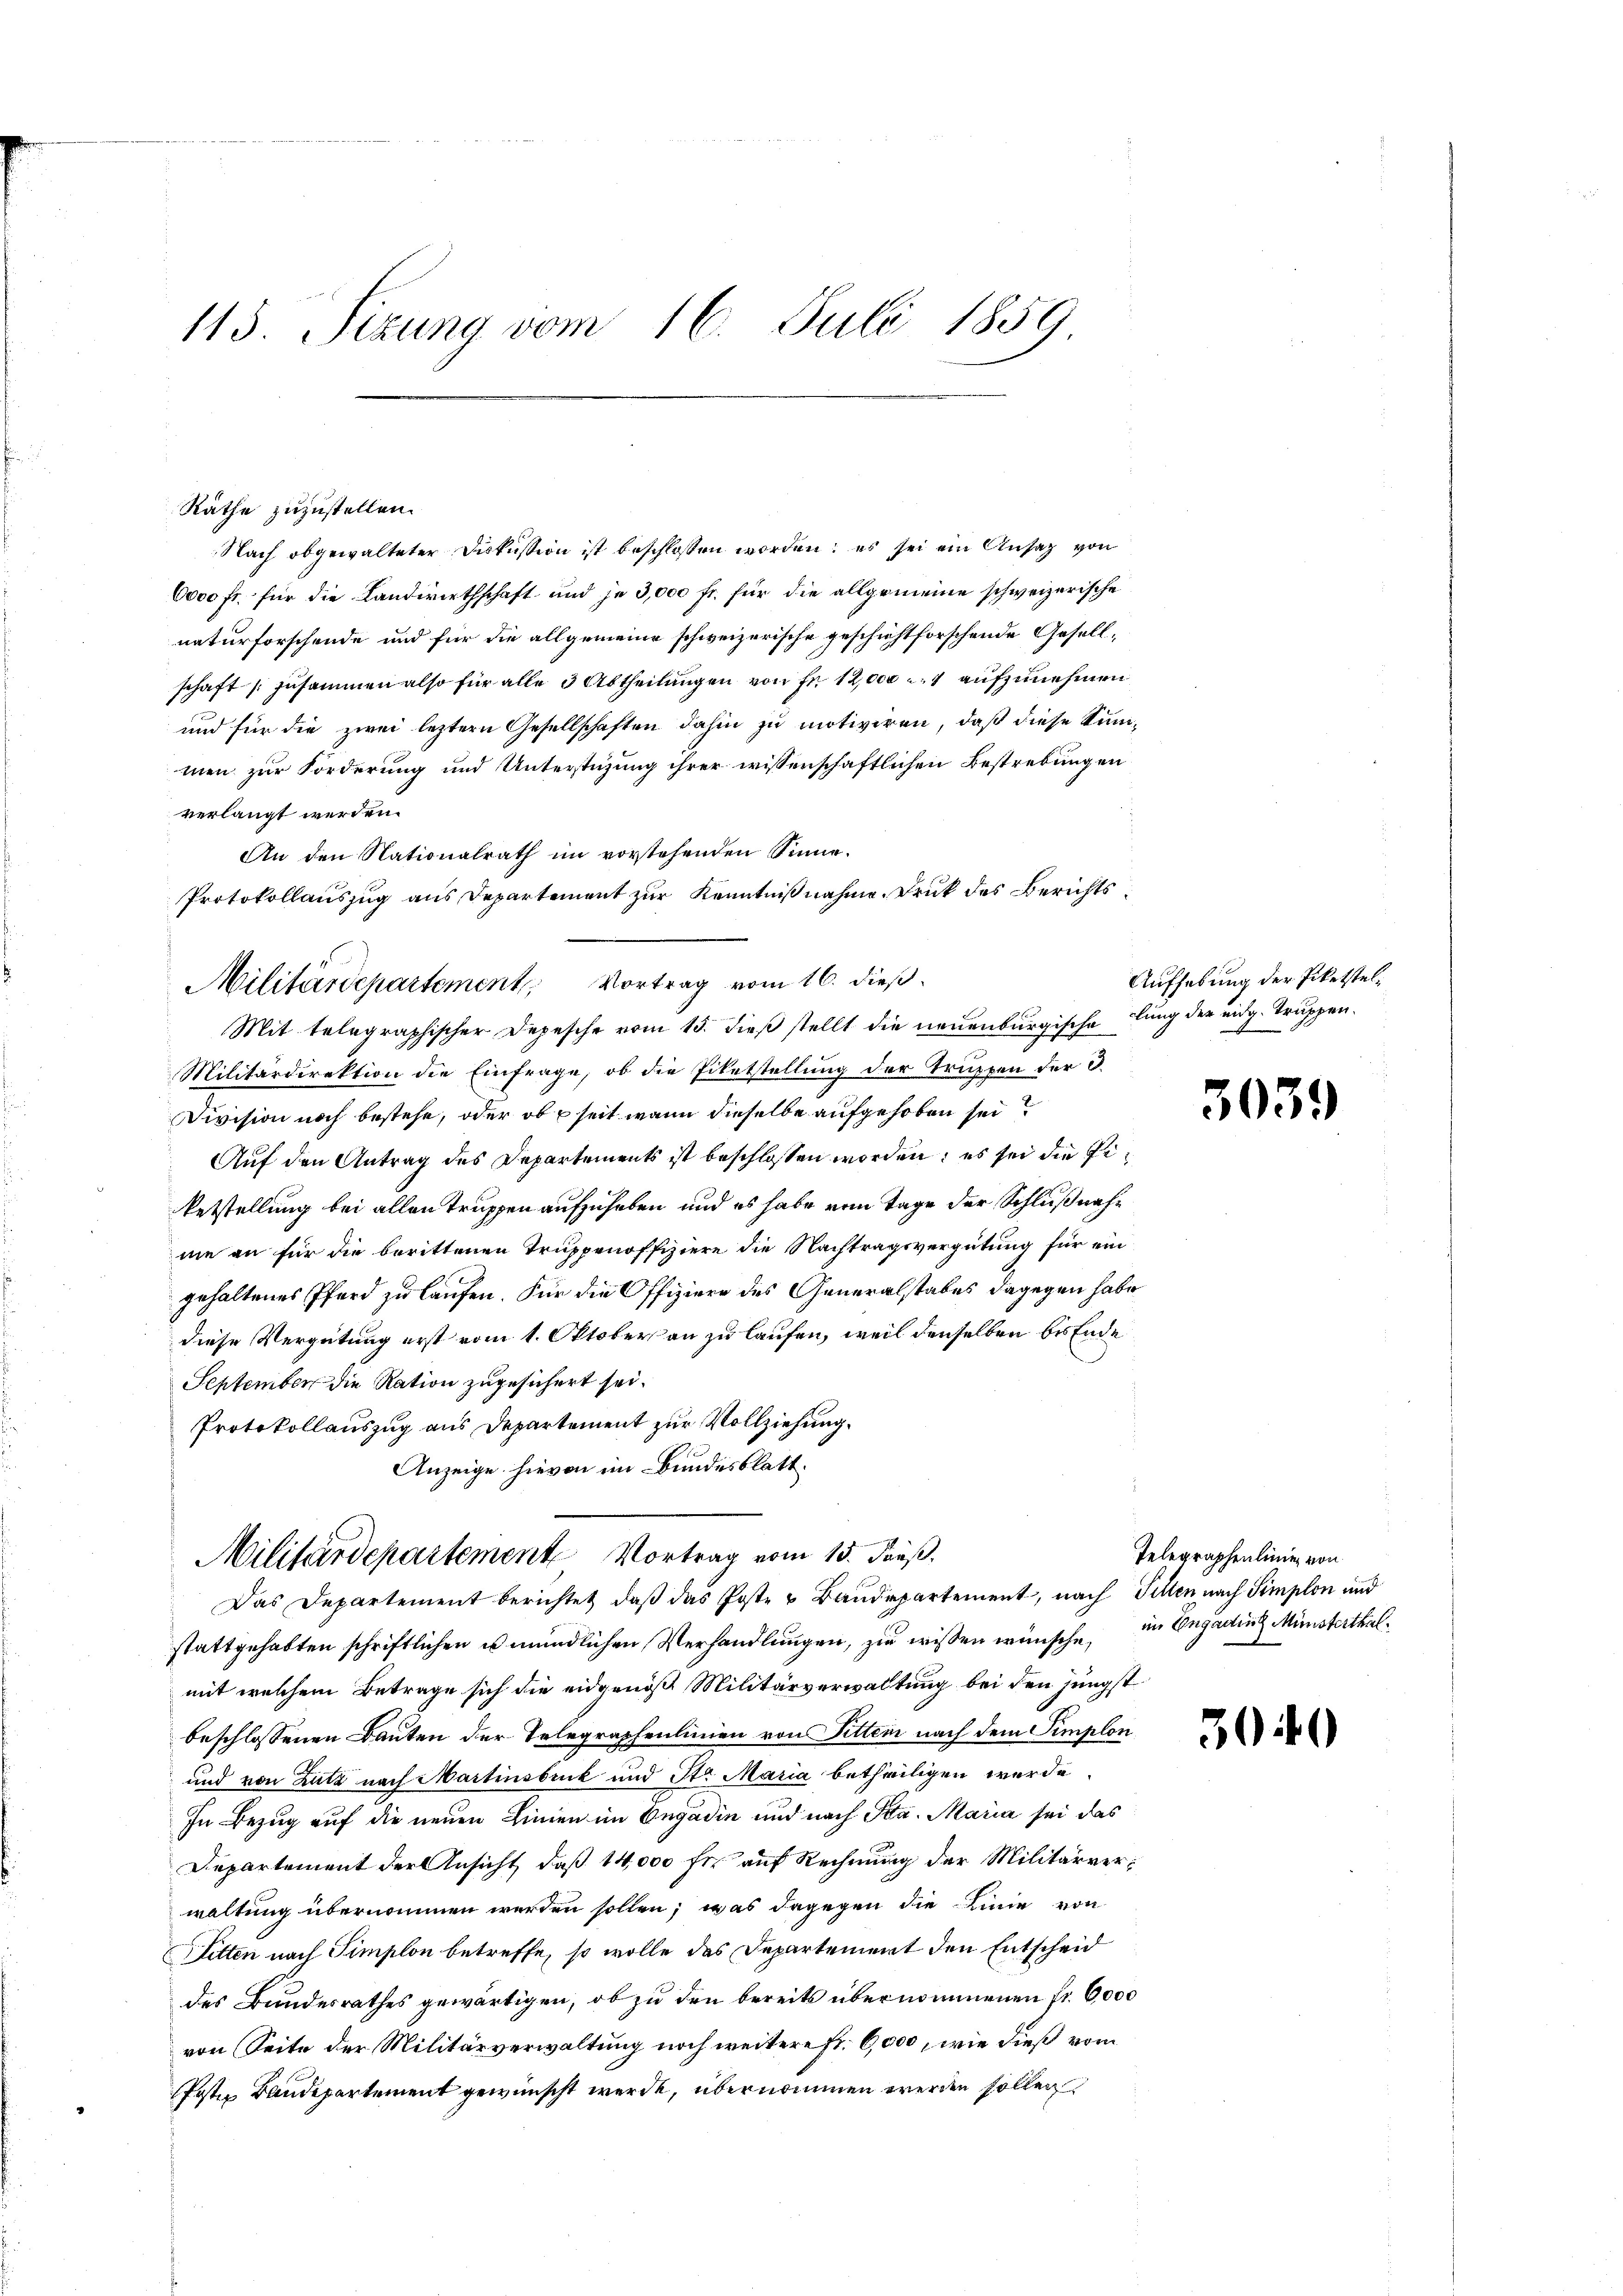
115. Sizung vom 16. Juli 1859

Räthe zuzustellen.
Nach obgewalteter Diskussion ist beschlossen worden; es sei ein Ansatz von
6000 fr. für die Landwirthschaft und je 3,000 fr. für die allgemeine schweizerische
naturforschende und für die allgemeine schweizerische geschichtforschende Gesellschaft zusammen also für alle 3 Abtheilungen von Fr. 12,000 aufzunehmen
und für die zwei leztern Gesellschaften dahin zu motiviren, daß diese Summen zur Forderung und Unterstüzung ihrer wissenschaftlichen Bestrebungen
verlangt werden.
An den Nationalrath im vorstehenden Sinne.
Protokollauszug aus Departement zur Kenntnißnahme. Druk des Berichts
Mit telegraphischer Depesche vom 15. dieß stellt die neuenburgische lung der eidg. Truppen¬
Militärdirektion die Einfrage, ob die Filetstellung der Truppen der d.
Division noch bestehe, oder ob seit wann dieselbe aufgehoben sei?
Auf den Antrag des Departements ist beschlossen worden; es sei die Pe¬
Entstellung bei allen Truppen aufzuheben und es habe vom Tage der Schlußnahe
ne an für die berittenen Truppenoffiziere die Nachtragsvergütung für ein
gehaltenes Pferd zu laufen. Für die Offiziere des Generalstabes dagegen habe
diese Vergütung erst vom 1. Oktober an zu laufen, weil denselben bis Ende
September die Ration zugesichert sei.
Protokollauszug aus Departement zur Vollziehung.
Anzeige hievon im Bundesblatt.

Militärdepartement, Vortrag vom 16. dieß

Militärdepartemente Vortrag vom 15. Fuß.
Das Departement berichtet, daß das Poste & Baudepartement, nach Sellen nach Simplon und

Aufhebung der Paketstel¬

stattgehabten schriftlichen es mündlichen Verhandlungen, zu wissen wünsche, in Engadin Münsterthalmit welchem Betrage sich die eidgenöß Militärverwaltung bei den jüngst
beschlossenen Bauten der Telegraphenlinien von Sitten nach dem Simplon
und von Lutz nach Martinsbruck und St. Maria betheiligen werde
In Bezug auf die neuen Linien im Engadin und nach Sta. Maria sei das
Departement der Ansicht, daß 14,000 fl auf Rechnung der Militärverwaltung übernommen werden sollen; was dagegen die Linie von
Sitten nach Simplon betreffe, so wolle das Departement den Entscheid
des Bundesrathes gewärtigen, ob zu den bereits übernommenen Fr. 6000
von Seite der Militärverwaltung noch weitere fr. 6,000, wie dieß vom
PPoste Baudepartement gewünscht werde, übernommen werden sollen

3039

Telegraphenlinie von

3040